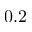
0 . 2